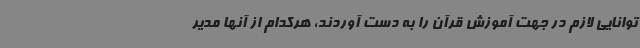
توانایی لازم در جهت آموزش قرآن را به دست آوردند، هرکدام از آنها مدیر